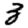
Digit: 3